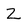
Character: Z